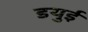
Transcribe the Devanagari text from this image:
डयुई